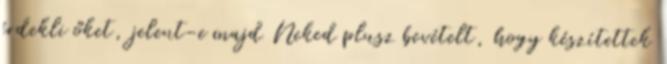
érdekli őket, jelent-e majd Neked plusz bevételt, hogy készítettek